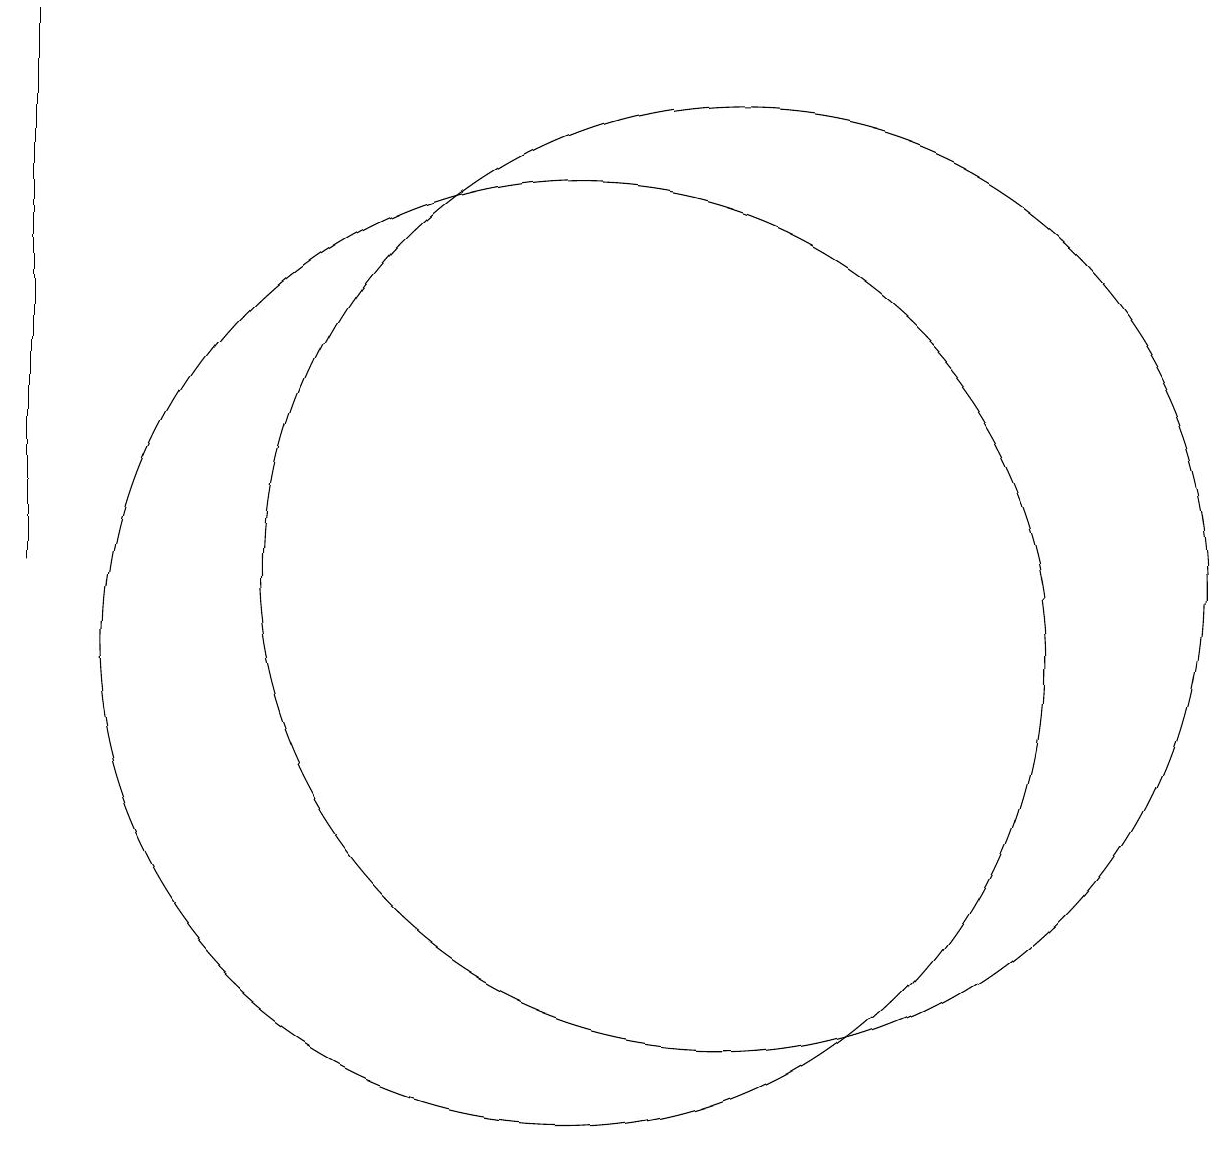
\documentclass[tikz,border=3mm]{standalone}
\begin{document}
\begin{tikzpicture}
\draw (12,11) circle (6);
\draw (3,11) rectangle (3,18);
\draw (10,10) circle (6);
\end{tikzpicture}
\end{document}